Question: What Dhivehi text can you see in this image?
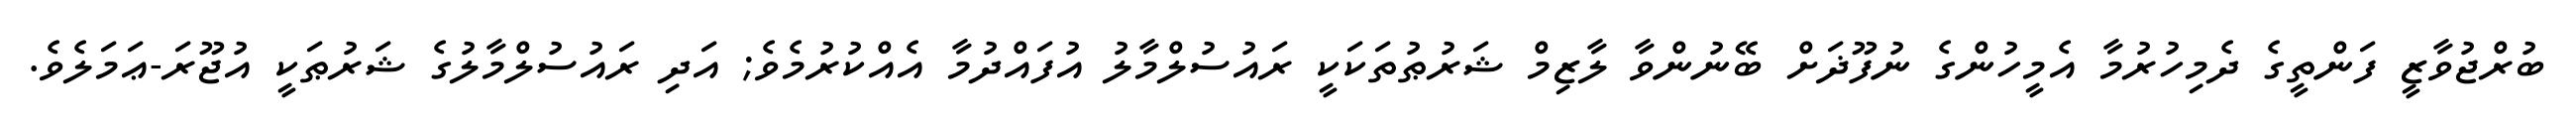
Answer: ބުރްޖުވާޒީ ފަންތީގެ ދެމިހުރުމާ އެމީހުންގެ ނުފޫޛަށް ބޭނުންވާ ލާޒިމް ޝަރުޠުތަކަކީ ރައުސުލްމާލު އުފައްދުމާ އެއްކުރުމެވެ; އަދި ރައުސުލްމާލުގެ ޝަރުޠަކީ އުޖޫރަ-ޢަމަލެވެ.